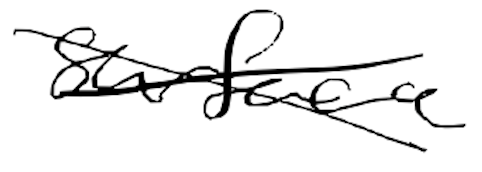
Text: surface
Cross-out: mix
Writing tool: digital_black